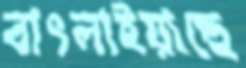
বাৎলাইয়াছে